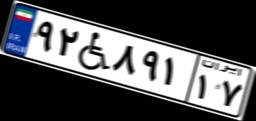
۹۲W۸۹۱۱۷